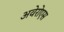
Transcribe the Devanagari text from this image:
अवेरोएस